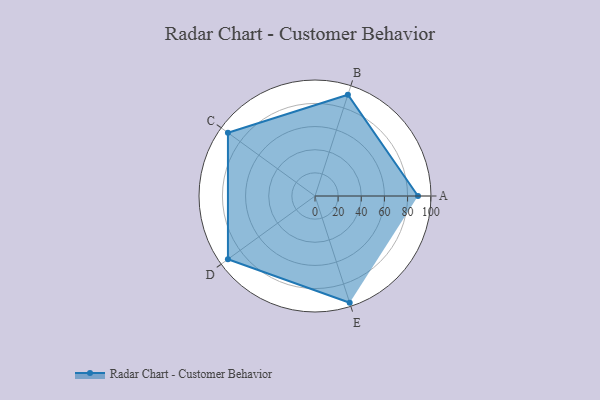
{"axis": {"x": "Skill", "y": "Score"}, "legend": ["Profile"], "data": [{"x": "A", "y": 89.0, "type": "Profile"}, {"x": "B", "y": 92.0, "type": "Profile"}, {"x": "C", "y": 93.0, "type": "Profile"}, {"x": "D", "y": 93.0, "type": "Profile"}, {"x": "E", "y": 97.0, "type": "Profile"}]}